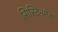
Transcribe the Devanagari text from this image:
सिस्टिनमेह